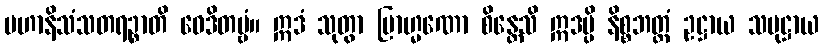
မဟာနိသံသတရဉ္စာတိ ဝေဒိတဗ္ဗံ။ ဣဒံ သုတွာ ဗြာဟ္မဏော စိန္တေသိ ဣဒမ္ပိ နိစ္စဘတ္တံ ဥဋ္ဌာယ သမုဋ္ဌာယ